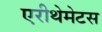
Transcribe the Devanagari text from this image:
एरीथेमेटस